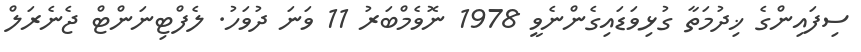
ސިފައިންގެ ޚިދުމަތާ ގުޅިވަޑައިގެންނެވީ 1978 ނޮވެމްބަރު 11 ވަނަ ދުވަހު. ލެފްޓިނަންޓް ޖެނެރަލް